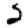
Digit: 2